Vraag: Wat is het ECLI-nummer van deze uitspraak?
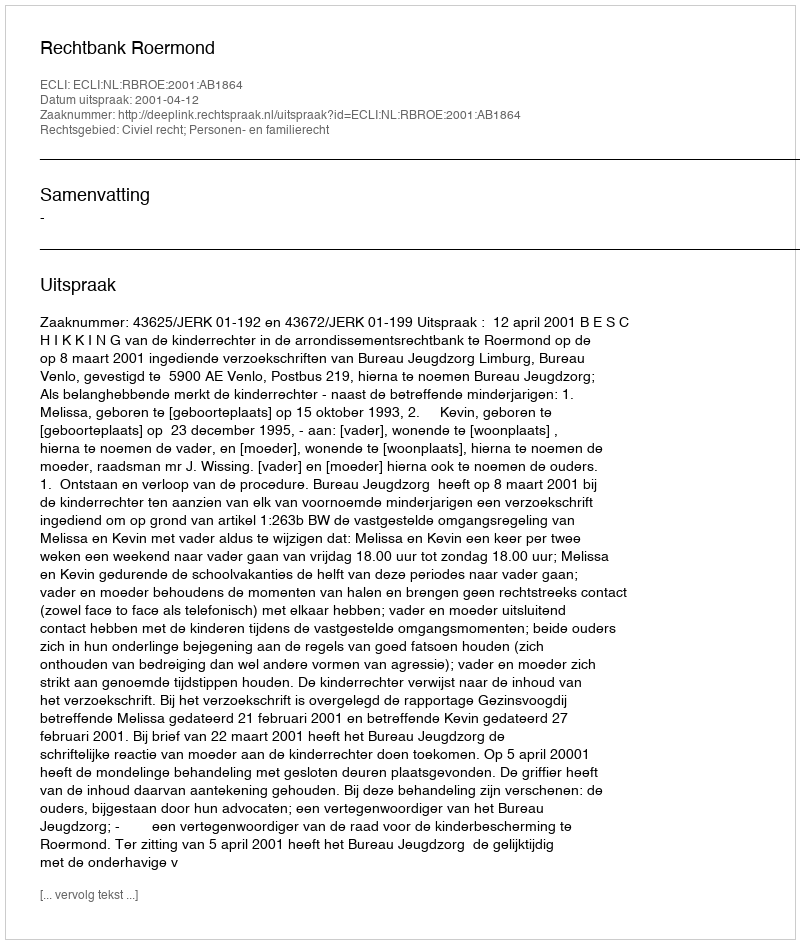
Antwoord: ECLI:NL:RBROE:2001:AB1864